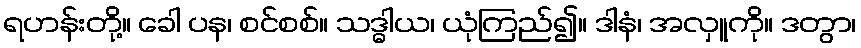
ရဟန်းတို့။ ခေါ ပန၊ စင်စစ်။ သဒ္ဓါယ၊ ယုံကြည်၍။ ဒါနံ၊ အလှူကို။ ဒတွာ၊